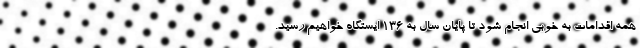
همه اقدامات به خوبی انجام شود تا پایان سال به ١٣۶ ایستگاه خواهیم رسید.